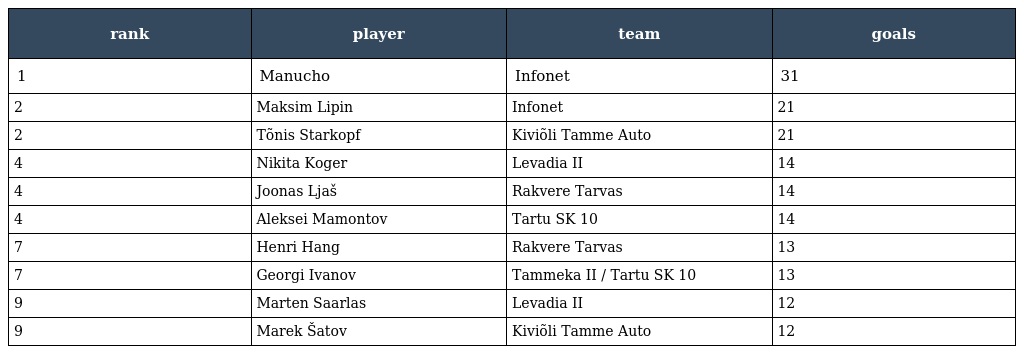
| rank | player | team | goals |
 | --- | --- | --- | --- |
 | 1 | Manucho | Infonet | 31 |
 | 2 | Maksim Lipin | Infonet | 21 |
 | 2 | Tõnis Starkopf | Kiviõli Tamme Auto | 21 |
 | 4 | Nikita Koger | Levadia II | 14 |
 | 4 | Joonas Ljaš | Rakvere Tarvas | 14 |
 | 4 | Aleksei Mamontov | Tartu SK 10 | 14 |
 | 7 | Henri Hang | Rakvere Tarvas | 13 |
 | 7 | Georgi Ivanov | Tammeka II / Tartu SK 10 | 13 |
 | 9 | Marten Saarlas | Levadia II | 12 |
 | 9 | Marek Šatov | Kiviõli Tamme Auto | 12 |